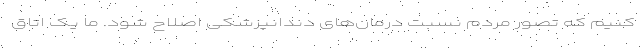
کنیم که تصور مردم نسبت درمان‌های دندانپزشکی اصلاح شود. ما یک اتاق